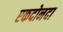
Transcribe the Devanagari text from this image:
एकदोनदा